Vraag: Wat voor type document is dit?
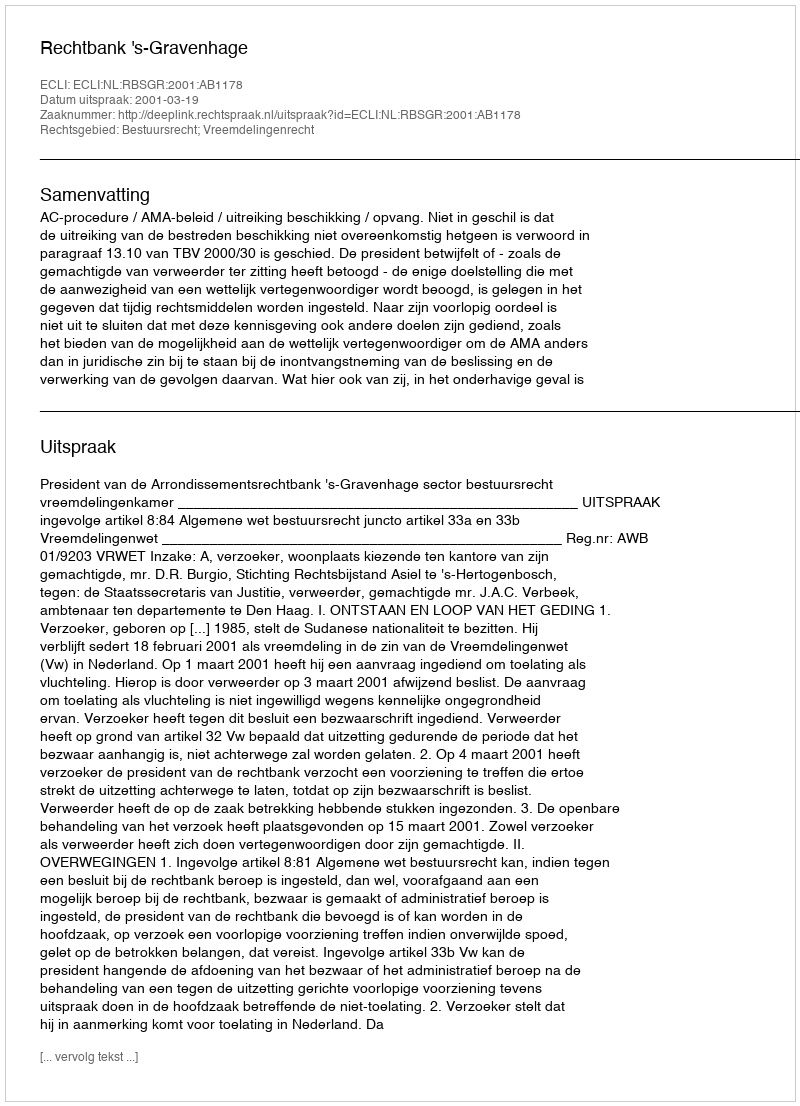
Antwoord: Uitspraak